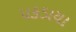
પકડાયા